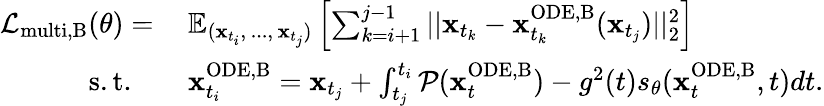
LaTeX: \begin{array}{rl}{\mathcal{L}_{\mathrm{multi,B}}(\theta)=\: }&{\mathbb{E}_{(\mathbf{x}_{t_{i}},\, ...,\, \mathbf{x}_{t_{j}})}\left[\sum_{k=i+1}^{j-1}||\mathbf{x}_{t_{k}}-\mathbf{x}_{t_{k}}^{\mathrm{ODE,B}}(\mathbf{x}_{t_{j}})||_{2}^{2}\right]}\\ {\mathrm{s.t.}\quad}&{\mathbf{x}_{t_{i}}^{\mathrm{ODE,B}}=\mathbf{x}_{t_{j}}+\int_{t_{j}}^{t_{i}}\mathcal{P}(\mathbf{x}_{t}^{\mathrm{ODE,B}})-g^{2}(t)s_{\theta}(\mathbf{x}_{t}^{\mathrm{ODE,B}},t)dt.}\end{array}